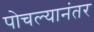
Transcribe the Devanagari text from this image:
पोचल्यानंतर